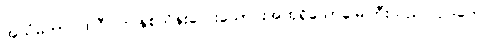
အယံမဟာပထဝီ၊ ဤနှစ်သိန်းလေးသောင်းအထုရှိသောမြေကြီးသည်။ ဥဒကေ၊